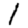
Digit: 1